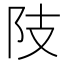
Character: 𨸠